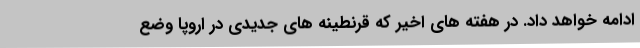
ادامه خواهد داد. در هفته های اخیر که قرنطینه های جدیدی در اروپا وضع